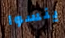
ينسوا